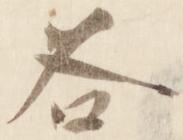
各